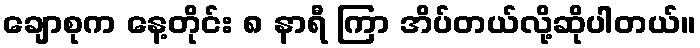
ချောစုက နေ့တိုင်း ၈ နာရီ ကြာ အိပ်တယ်လို့ဆိုပါတယ်။